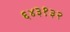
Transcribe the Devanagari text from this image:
६४३१३२